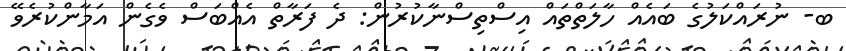
ބ- ނުރައްކަލުގެ ބައެއް ހާލަތްތައް އިސްތިސްނާކުރުން: ދެ ފަރާތް އެއްބަސް ވެގެން އަމާންކުރެވޭ